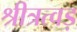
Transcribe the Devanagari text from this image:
श्रीत्रत्वड़